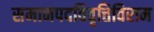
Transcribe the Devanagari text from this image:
समानपदविवृत्तिविराम